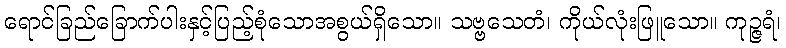
ရောင်ခြည်ခြောက်ပါးနှင့်ပြည့်စုံသောအစွယ်ရှိသော။ သဗ္ဗသေတံ၊ ကိုယ်လုံးဖြူသော။ ကုဉ္ဇရံ၊